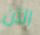
الآن